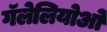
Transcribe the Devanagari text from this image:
गॅलेलियोओ